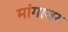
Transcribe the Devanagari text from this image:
मांगावर